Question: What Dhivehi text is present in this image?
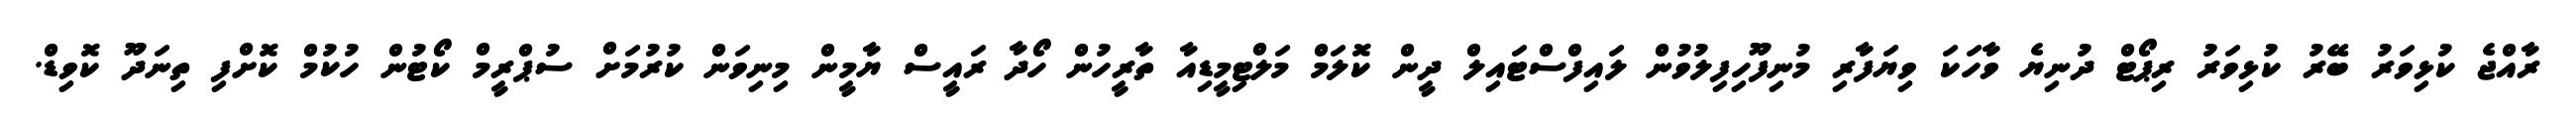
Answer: ރާއްޖެ ކުޅިވަރު ބޭރު ކުޅިވަރު ރިޕޯޓް ދުނިޔެ ވާހަކަ ވިޔަފާރި މުނިފޫހިފިލުވުން ލައިފްސްޓައިލް ދީން ކޮލަމް މަލްޓިމީޑިއާ ތާރީހުން ހޯދާ ރައީސް ޔާމީން މިނިވަން ކުރުމަށް ސުޕްރީމް ކޯޓުން ހުކުމް ކޮށްފި ތިނަދޫ ކޮވިޑް.